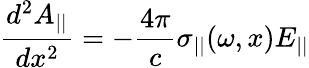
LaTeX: \frac{d^{2}A_{||}}{dx^{2}}=-\frac{4\pi}{c}\sigma_{||}(\omega,x)E_{||}